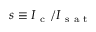
s \equiv I _ { \mathrm { ~ c ~ } } / I _ { \mathrm { ~ s ~ a ~ t ~ } }